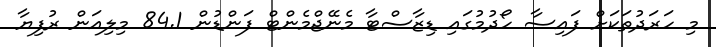
މި ހަރަދުތަކަށް ފައިސާ ހޯދުމުގައި ޑިޒާސްޓާ މެނޭޖްމެންޓް ފަންޑުން 84.1 މިލިއަން ރުފިޔާ